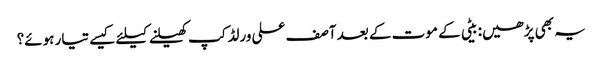
یہ بھی پڑھیں: بیٹی کے موت کے بعد آصف علی ورلڈکپ کھیلنے کیلئے کیسے تیار ہوئے؟